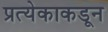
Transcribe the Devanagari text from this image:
प्रत्येकाकडून